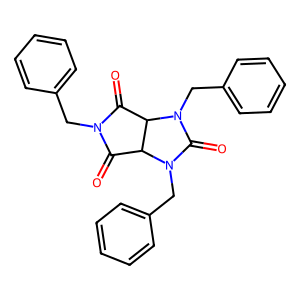
SMILES: O=C1C2C(C(=O)N1Cc1ccccc1)N(Cc1ccccc1)C(=O)N2Cc1ccccc1
Inhibits HIV replication: No